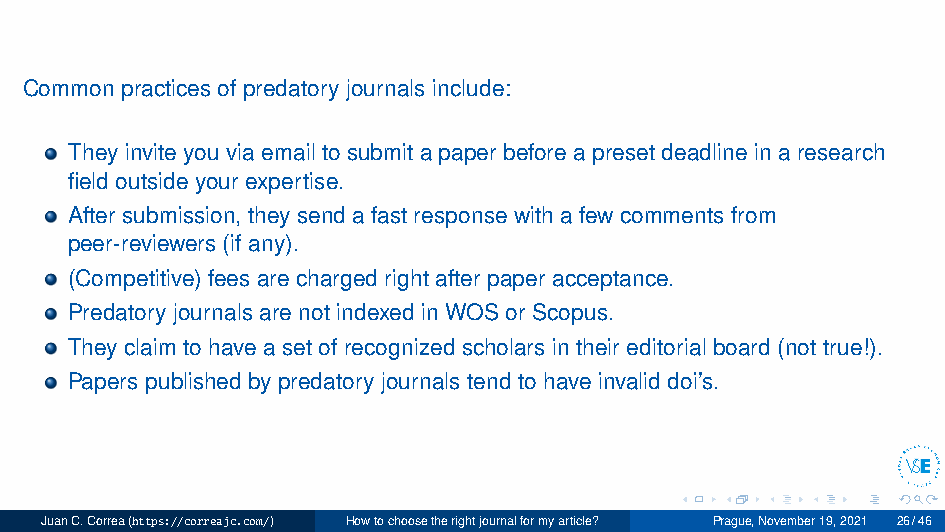
Common practices of predatory journals include:
 They invite you via email to submit a paper before a preset deadline in a research
 field outside your expertise.
 After submission, they send a fast response with a few comments from
 peer-reviewers (if any).
 (Competitive) fees are charged right after paper acceptance.
 Predatory journals are not indexed in WOS or Scopus.
 They claim to have a set of recognized scholars in their editorial board (not true!).
 Papers published by predatory journals tend to have invalid doi’s.
 JuanC.Correa(https://correajc.com/) Howtochoosetherightjournalformyarticle? Prague,November19,2021 26/46